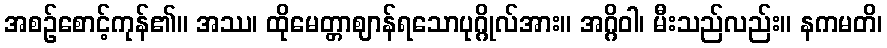
အစဉ်စောင့်ကုန်၏။ အဿ၊ ထိုမေတ္တာဈာန်ရသောပုဂ္ဂိုလ်အား။ အဂ္ဂိဝါ၊ မီးသည်လည်း။ နကမတိ၊